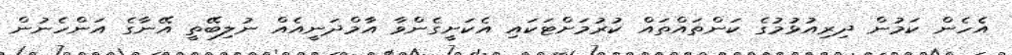
އެހެން ކަމުން ދިރިއުޅުމުގެ ކަންތައްތައް ކުރުމަށްޓަކައި އެކަށީގެންވާ އާމްދަނީއެއް ނުލިބޭތީ އޭނާގެ އަންހެނުން